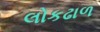
લોકઢાળ